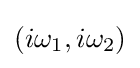
(i\omega _{1},i\omega _{2})